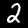
Digit: 2